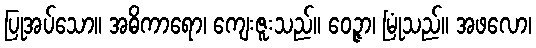
ပြုအပ်သော။ အဓိကာရော၊ ကျေးဇူးသည်။ ဝေဉ္ဇာ၊ မြုံသည်။ အဖလော၊